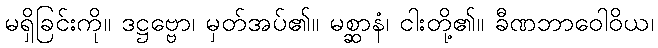
မရှိခြင်းကို။ ဒဋ္ဌဗ္ဗော၊ မှတ်အပ်၏။ မစ္ဆာနံ၊ ငါးတို့၏။ ခီဏဘာဝေါဝိယ၊